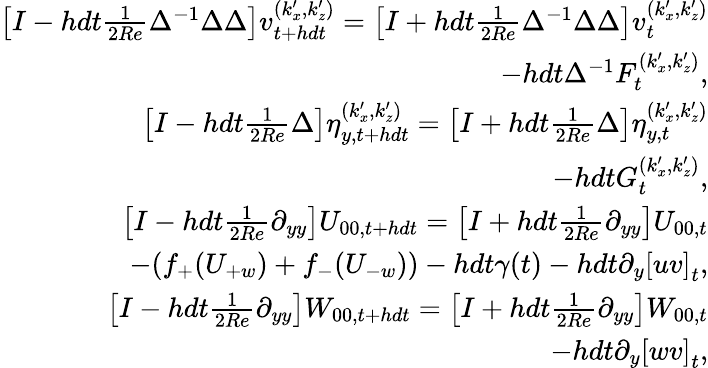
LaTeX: \begin{array}{r}{\left[I-hdt\frac{1}{2Re}\Delta^{-1}\Delta\Delta\right]v_{t+hdt}^{(k_{x}^{\prime},k_{z}^{\prime})}=\left[I+hdt\frac{1}{2Re}\Delta^{-1}\Delta\Delta\right]v_{t}^{(k_{x}^{\prime},k_{z}^{\prime})}}\\ {-hdt\Delta^{-1}F_{t}^{(k_{x}^{\prime},k_{z}^{\prime})},}\\ {\left[I-hdt\frac{1}{2Re}\Delta\right]\eta_{y,t+hdt}^{(k_{x}^{\prime},k_{z}^{\prime})}=\left[I+hdt\frac{1}{2Re}\Delta\right]\eta_{y,t}^{(k_{x}^{\prime},k_{z}^{\prime})}}\\ {-hdtG_{t}^{(k_{x}^{\prime},k_{z}^{\prime})},}\\ {\left[I-hdt\frac{1}{2Re}\partial_{yy}\right]U_{00,t+hdt}=\left[I+hdt\frac{1}{2Re}\partial_{yy}\right]U_{00,t}}\\ {-(f_{+}(U_{+w})+f_{-}(U_{-w}))-hdt\gamma(t)-hdt\partial_{y}\left[uv\right]_{t},}\\ {\left[I-hdt\frac{1}{2Re}\partial_{yy}\right]W_{00,t+hdt}=\left[I+hdt\frac{1}{2Re}\partial_{yy}\right]W_{00,t}}\\ {-hdt\partial_{y}\left[wv\right]_{t},}\end{array}